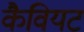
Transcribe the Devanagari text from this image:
कैवियट